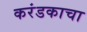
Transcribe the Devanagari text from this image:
करंडकाचा